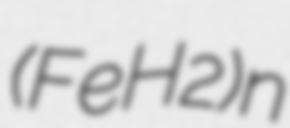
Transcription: (FeH2)n